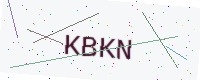
Text: KBKN